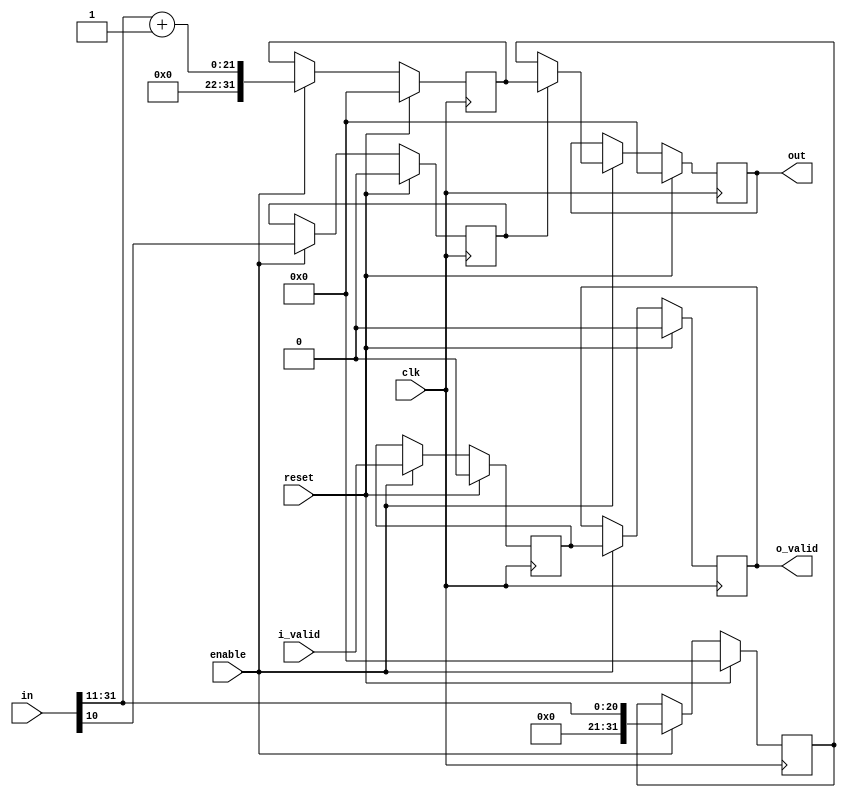
`define SIMULATION_MEMORY

module fp_rounding_unit_1_32_11 (
	input clk,
	input reset,
	input enable,
	input i_valid,
	input [31:0] in,
	output [31:0] out,
	output o_valid
);

reg [31:0] rounded_result;
reg [31:0] floor;
reg [31:0] ceil;
reg is_ceil;
reg floor_ceil_valid;

always @ (*) begin
	if (is_ceil) begin
		rounded_result = ceil;
	end else begin
		rounded_result = floor;
	end
end

reg valid_reg;
reg [31:0] out_reg;
always @ (posedge clk) begin
	if (reset) begin
		is_ceil <= 1'b0;
		floor_ceil_valid <= 1'b0;
		valid_reg <= 1'b0;
		floor <= 0;
		ceil <= 0;
		out_reg <= 0;
	end else if (enable) begin
		is_ceil <= in[10];
		floor <= in >>> 11;
		ceil <= (in >>> 11) + 1;
		floor_ceil_valid <= i_valid;
		out_reg <= rounded_result;
		valid_reg <= floor_ceil_valid;
	end
end

assign o_valid = valid_reg;

assign out = out_reg;

endmodule